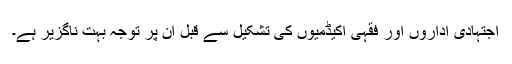
اجتہادی اداروں اور فقہی اکیڈمیوں کی تشکیل سے قبل ان پر توجہ بہت ناگزیر ہے۔